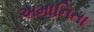
અમાનિતા